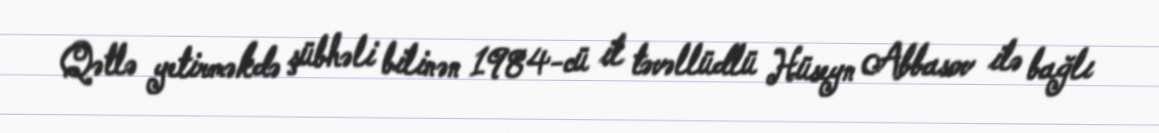
Qətlə yetirməkdə şübhəli bilinən 1984-cü il təvəllüdlü Hüseyn Abbasov ilə bağlı